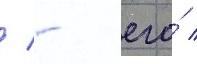
/ - его́ /